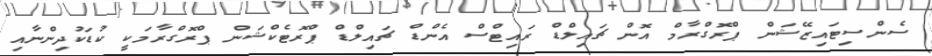
ސެންސިޓައިޒޭޝަން ޕްރޮގްރާމް އޮން ޗައިލްޑް ރައިޓްސް އެންޑް ޗައިލްޑް ޕްރޮޓެކްޝަން ޕްރޮގްރާމަކީ ކުޑަކުދިންނާއި